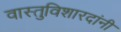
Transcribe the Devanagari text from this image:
वास्तुविशारदांनी